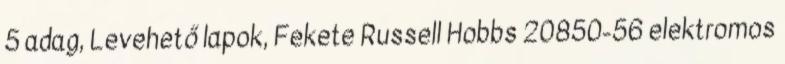
5 adag, Levehető lapok, Fekete Russell Hobbs 20850-56 elektromos